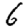
Digit: 6